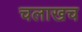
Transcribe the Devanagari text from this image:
चलाखच